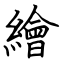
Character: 繪